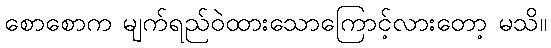
စောစောက မျက်ရည်ဝဲထားသောကြောင့်လားတော့ မသိ။